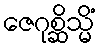
ဇေဂုစ္ဆိသ္မိံ